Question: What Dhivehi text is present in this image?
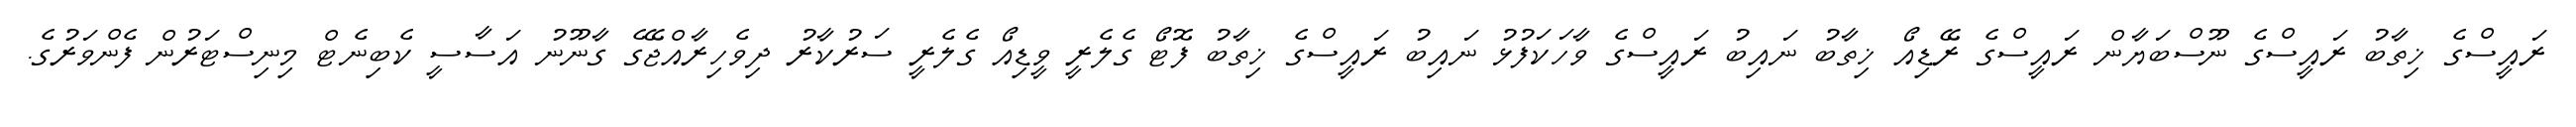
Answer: ރައީސްގެ ޚިތާބު ރައީސްގެ ނޫސްބަޔާން ރައީސްގެ ރޭޑިއޯ ޚިތާބު ނައިބު ރައީސްގެ ވާހަކަފުޅު ނައިބު ރައީސްގެ ޚިތާބު ފޮޓޯ ގެލެރީ ވީޑިއޯ ގެލެރީ ސަރުކާރު ދިވެހިރާއްޖޭގެ ގާނޫނު އަސާސީ ކެބިނެޓް މިނިސްޓަރުން ފެންވަރުގެ.